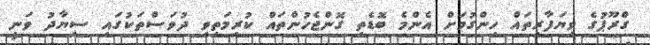
ގްރޫޕުގެ ވިޔަފާރިތައް ހިންގުމަށް އެންމެ ބޮޑެތި ގޮންޖެހުންތައް ކުރިމަތިވި ދުވަސްތަކުގައި ސިޔާދު ވަނީ